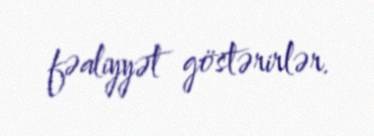
fəaliyyət göstərirlər.